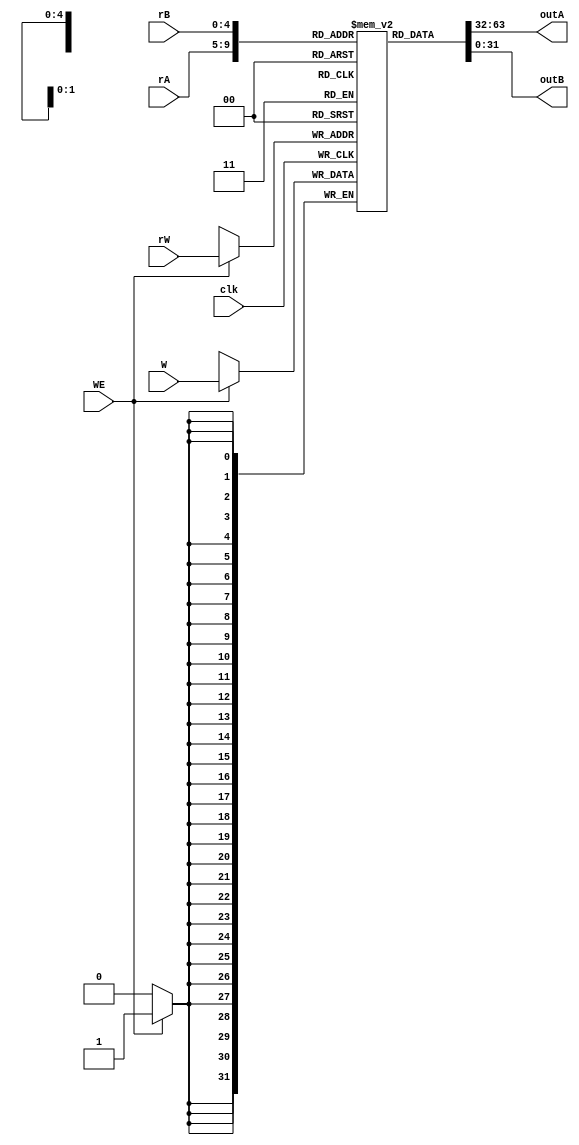
`timescale 1ns/1ps

module registers( 
	W,clk, WE, rW, rA, rB, 
	outA,outB
);
	input [31:0] W;
	input clk, WE;
	input [4:0] rA, rB, rW;
	output  [31:0] outA,outB;
	
	reg [31:0] registers[0:31];
	integer i;
	initial begin
    
    for(i=0;i<32;i=i+1)
        registers[i]=0;
	end
		always@ ( posedge clk )
        begin
        if (WE) begin
            registers[rW] = W;
            end
        end
        assign outA = registers[rA];
        assign outB = registers[rB];
	
endmodule